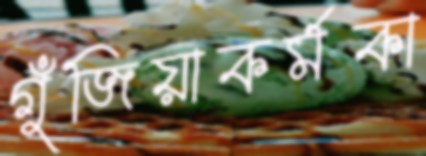
গুঁজিয়াকর্মকা